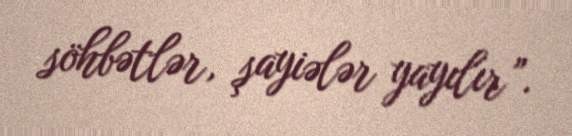
söhbətlər, şayiələr yayılır”.